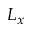
L _ { x }